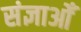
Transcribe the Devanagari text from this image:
संज्ञाओँ